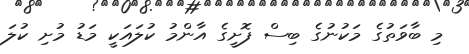
މި ބާވަތުގެ މަކުނުގެ ބިސް ފޮށީގެ އާންމު ކުލައަކީ މަޑު މުށި ކުލަ